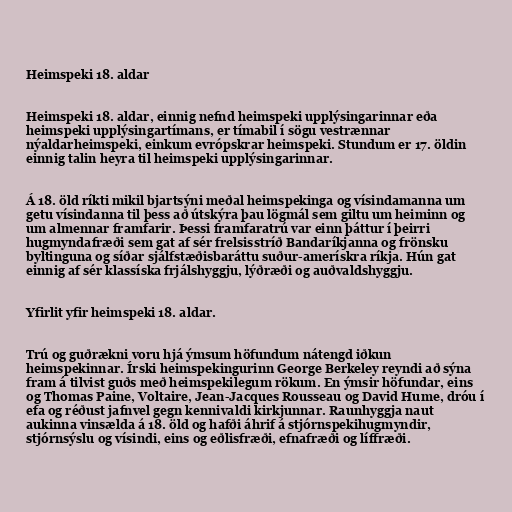
Heimspeki 18. aldar

Heimspeki 18. aldar, einnig nefnd heimspeki upplýsingarinnar eða
heimspeki upplýsingartímans, er tímabil í sögu vestrænnar
nýaldarheimspeki, einkum evrópskrar heimspeki. Stundum er 17. öldin
einnig talin heyra til heimspeki upplýsingarinnar.

Á 18. öld ríkti mikil bjartsýni meðal heimspekinga og vísindamanna um
getu vísindanna til þess að útskýra þau lögmál sem giltu um heiminn og
um almennar framfarir. Þessi framfaratrú var einn þáttur í þeirri
hugmyndafræði sem gat af sér frelsisstríð Bandaríkjanna og frönsku
byltinguna og síðar sjálfstæðisbaráttu suður-amerískra ríkja. Hún gat
einnig af sér klassíska frjálshyggju, lýðræði og auðvaldshyggju.

Yfirlit yfir heimspeki 18. aldar.

Trú og guðrækni voru hjá ýmsum höfundum nátengd iðkun
heimspekinnar. Írski heimspekingurinn George Berkeley reyndi að sýna
fram á tilvist guðs með heimspekilegum rökum. En ýmsir höfundar, eins
og Thomas Paine, Voltaire, Jean-Jacques Rousseau og David Hume, dróu í
efa og réðust jafnvel gegn kennivaldi kirkjunnar. Raunhyggja naut
aukinna vinsælda á 18. öld og hafði áhrif á stjórnspekihugmyndir,
stjórnsýslu og vísindi, eins og eðlisfræði, efnafræði og líffræði.